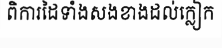
ពិការដៃទាំងសងខាងដល់ក្លៀក